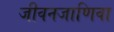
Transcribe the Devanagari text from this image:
जीवनजाणिवा